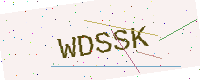
Text: WDSSK